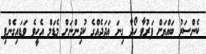
ކެންސަރު ބައްޔަށް ފަރުވާ ހޯދާ ގިނަ އަދަދެއްގެ ކުދިންނަށް މެޑަމް އެހީވެ ވަޑައިގެންފި